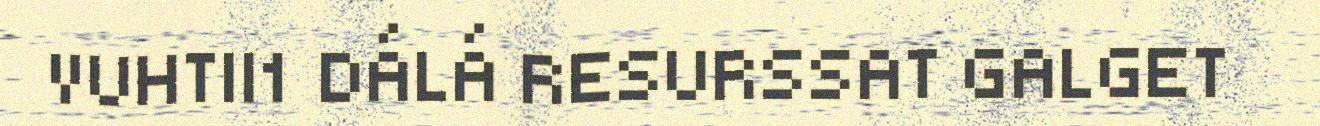
VUHTII1 DÁLÁ RESURSSAT GALGET